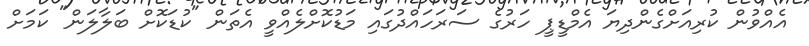
އެއްވުން ކުރިއަށްގެންދިޔަ އެމްޑީޕީ ހަރުގެ ސަރަހައްދުގައި މަޑުކޮށްލެއްވީ އެތަން "ކުޑަކޮށް ބަލާލަން" ކަމަށް